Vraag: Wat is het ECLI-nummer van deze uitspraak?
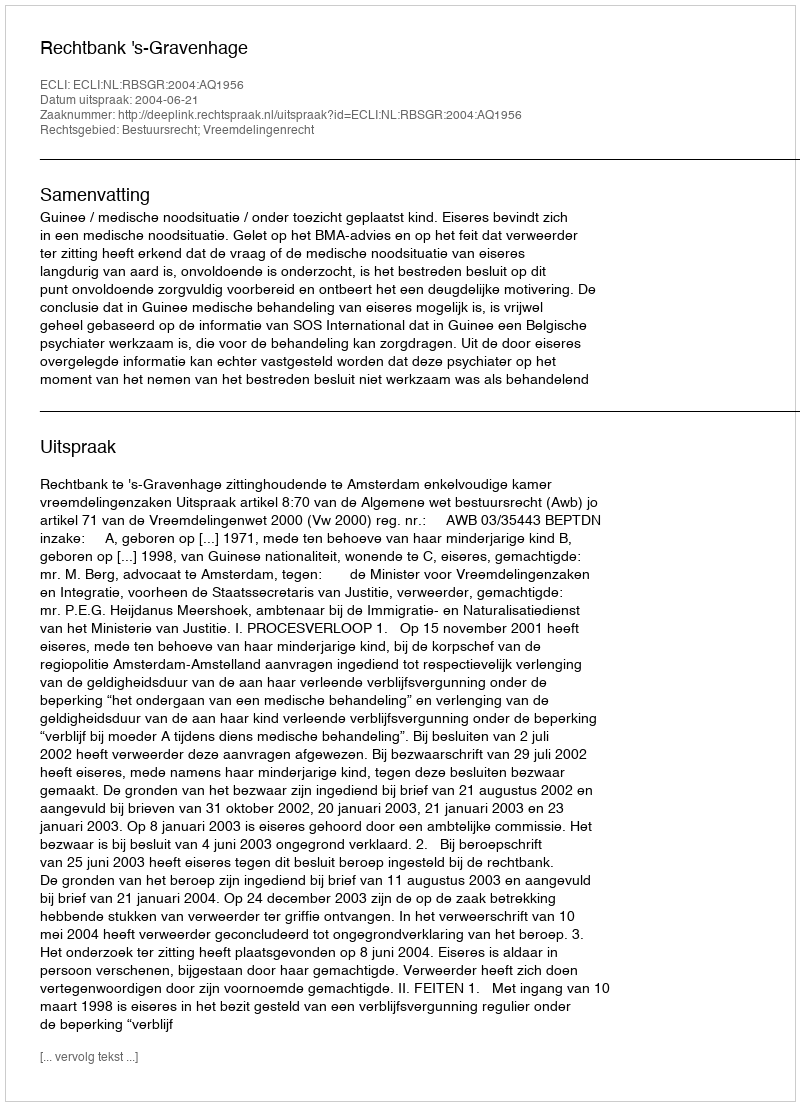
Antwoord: ECLI:NL:RBSGR:2004:AQ1956